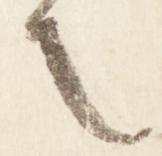
也